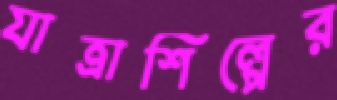
যাত্রাশিল্পের